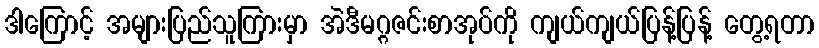
ဒါကြောင့် အများပြည်သူကြားမှာ အဲဒီမဂ္ဂဇင်းစာအုပ်ကို ကျယ်ကျယ်ပြန့်ပြန့် တွေ့ရတာ